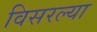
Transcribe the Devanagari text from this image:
विसरल्या